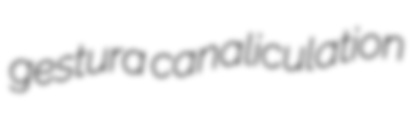
gestura canaliculation